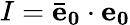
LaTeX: I=\mathbf{\bar{e}_{0}}\cdot\mathbf{e_{0}}